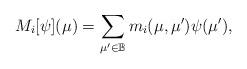
LaTeX: \begin{align*}M_i [\psi](\mu) = \sum_{\mu' \in \mathbb{B}} m_i(\mu,\mu') \psi(\mu'),\end{align*}